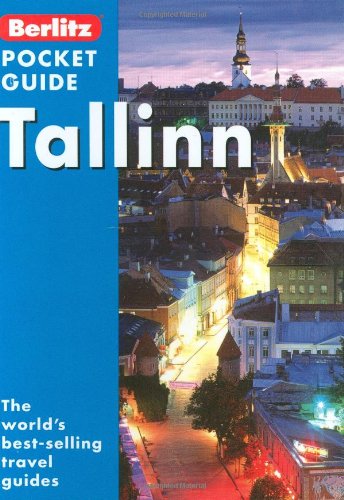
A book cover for Berlitz: Tallinn Pocket Guide (Berlitz Pocket Guides); *             ; Travel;